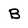
Character: B